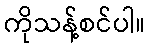
ကိုသန့်စင်ပါ။